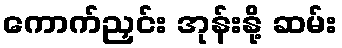
ကောက်ညှင်း အုန်းနို့ ဆမ်း